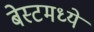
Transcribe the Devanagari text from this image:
बेस्टमध्ये